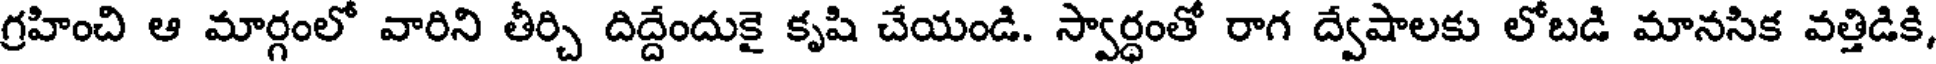
గ్రహించి ఆ మార్గంలో వారిని తీర్చి దిద్దేందుకై కృషి చేయండి. స్వార్ధంతో రాగ ద్వేషాలకు లోబడి మానసిక వత్తిడికి,